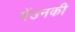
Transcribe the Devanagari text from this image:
मेंउनकी